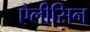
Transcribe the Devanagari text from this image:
ऐलीसिन